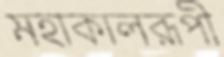
মহাকালরূপী